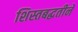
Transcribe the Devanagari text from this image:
शिस्तबद्धतीने